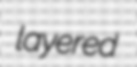
layered